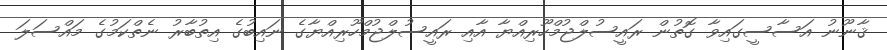
ޤާނޫނު އަސާސީގައިވާ ގޮތުން ރައީސުލްޖުމްހޫރިއްޔާ އާއި ރައީސުލްޖުމްހޫރިއްޔާގެ ނައިބުގެ އިތުބާރު ނެތްކަމުގެ މައްސަލަ